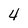
Character: 4